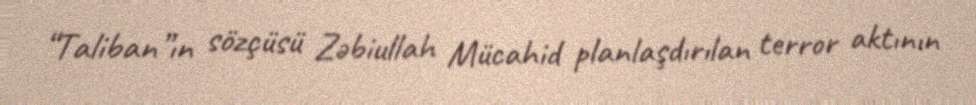
“Taliban”ın sözçüsü Zəbiullah Mücahid planlaşdırılan terror aktının